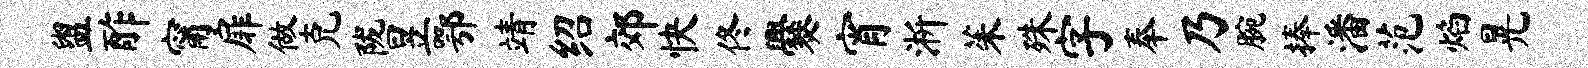
盥酢甯扉做克陇昱鄂靖绍郊快佟爨宵淅茱殊字奉乃腕捧潘范焰晃